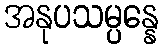
အနုပသမ္ပန္နေ